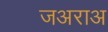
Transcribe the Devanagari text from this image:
जअराअ